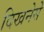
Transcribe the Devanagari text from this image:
दिखनेसे